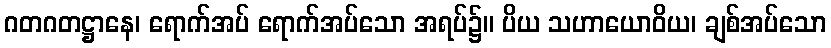
ဂတဂတဋ္ဌာနေ၊ ရောက်အပ် ရောက်အပ်သော အရပ်၌။ ပိယ သဟာယောဝိယ၊ ချစ်အပ်သော